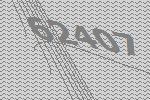
62407